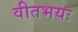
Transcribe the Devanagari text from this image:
वीतभयः